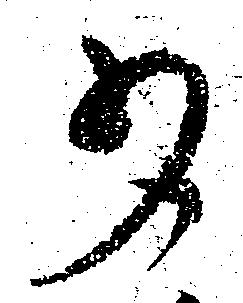
少